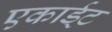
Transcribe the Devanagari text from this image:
एकार्ड्‌ट